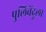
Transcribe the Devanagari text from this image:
पुलिवेंदुला